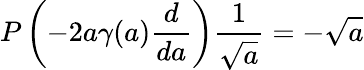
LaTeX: P\left(-2a\gamma(a){\frac{d}{da}}\right){\frac{1}{\sqrt{a}}}=-\sqrt{a}